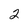
Character: 2